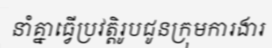
នាំគ្នាធ្វើប្រវត្តិរូបជូនក្រុមការងារ